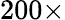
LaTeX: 200\times